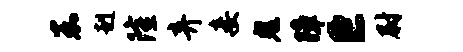
嘉赳隆弃妾鬼障巨尉